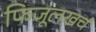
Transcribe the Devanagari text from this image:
फिजूलखर्च